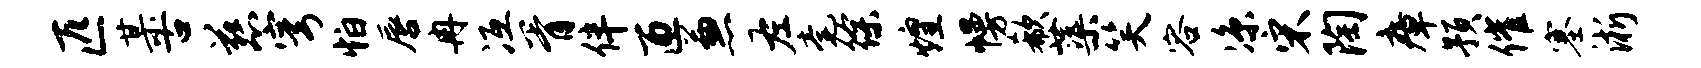
匹某古慈穹怕唇冉冱胥伴匝兼左毫徐煌幔欷蕖笑容凉宋陶瘴预催塞淅